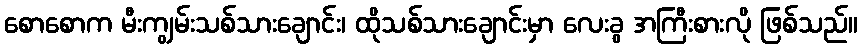
စောစောက မီးကျွမ်းသစ်သားချောင်း၊ ထိုသစ်သားချောင်းမှာ လေးခွ အကြီးစားလို ဖြစ်သည်။